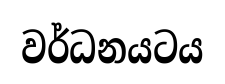
වර්ධනයටය